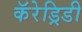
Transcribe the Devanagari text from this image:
कॅरेड्रिडी